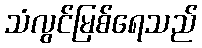
သံလွင်မြစ်ရေသည်